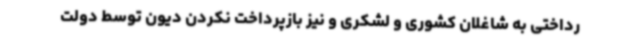
رداختی به شاغلان کشوری و لشکری و نیز بازپرداخت نکردن دیون توسط دولت